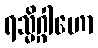
ရသ္မိဂ္ဂါဟော